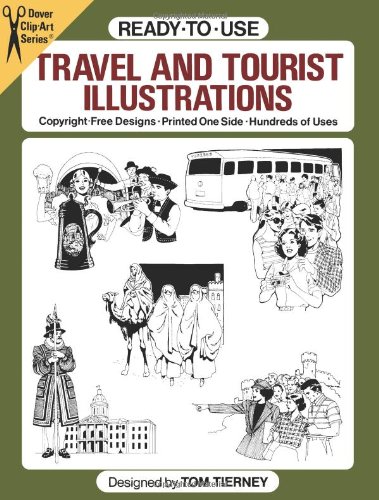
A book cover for Ready-to-Use Travel and Tourist Illustrations (Dover Clip Art Ready-to-Use); Tom Tierney; Travel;